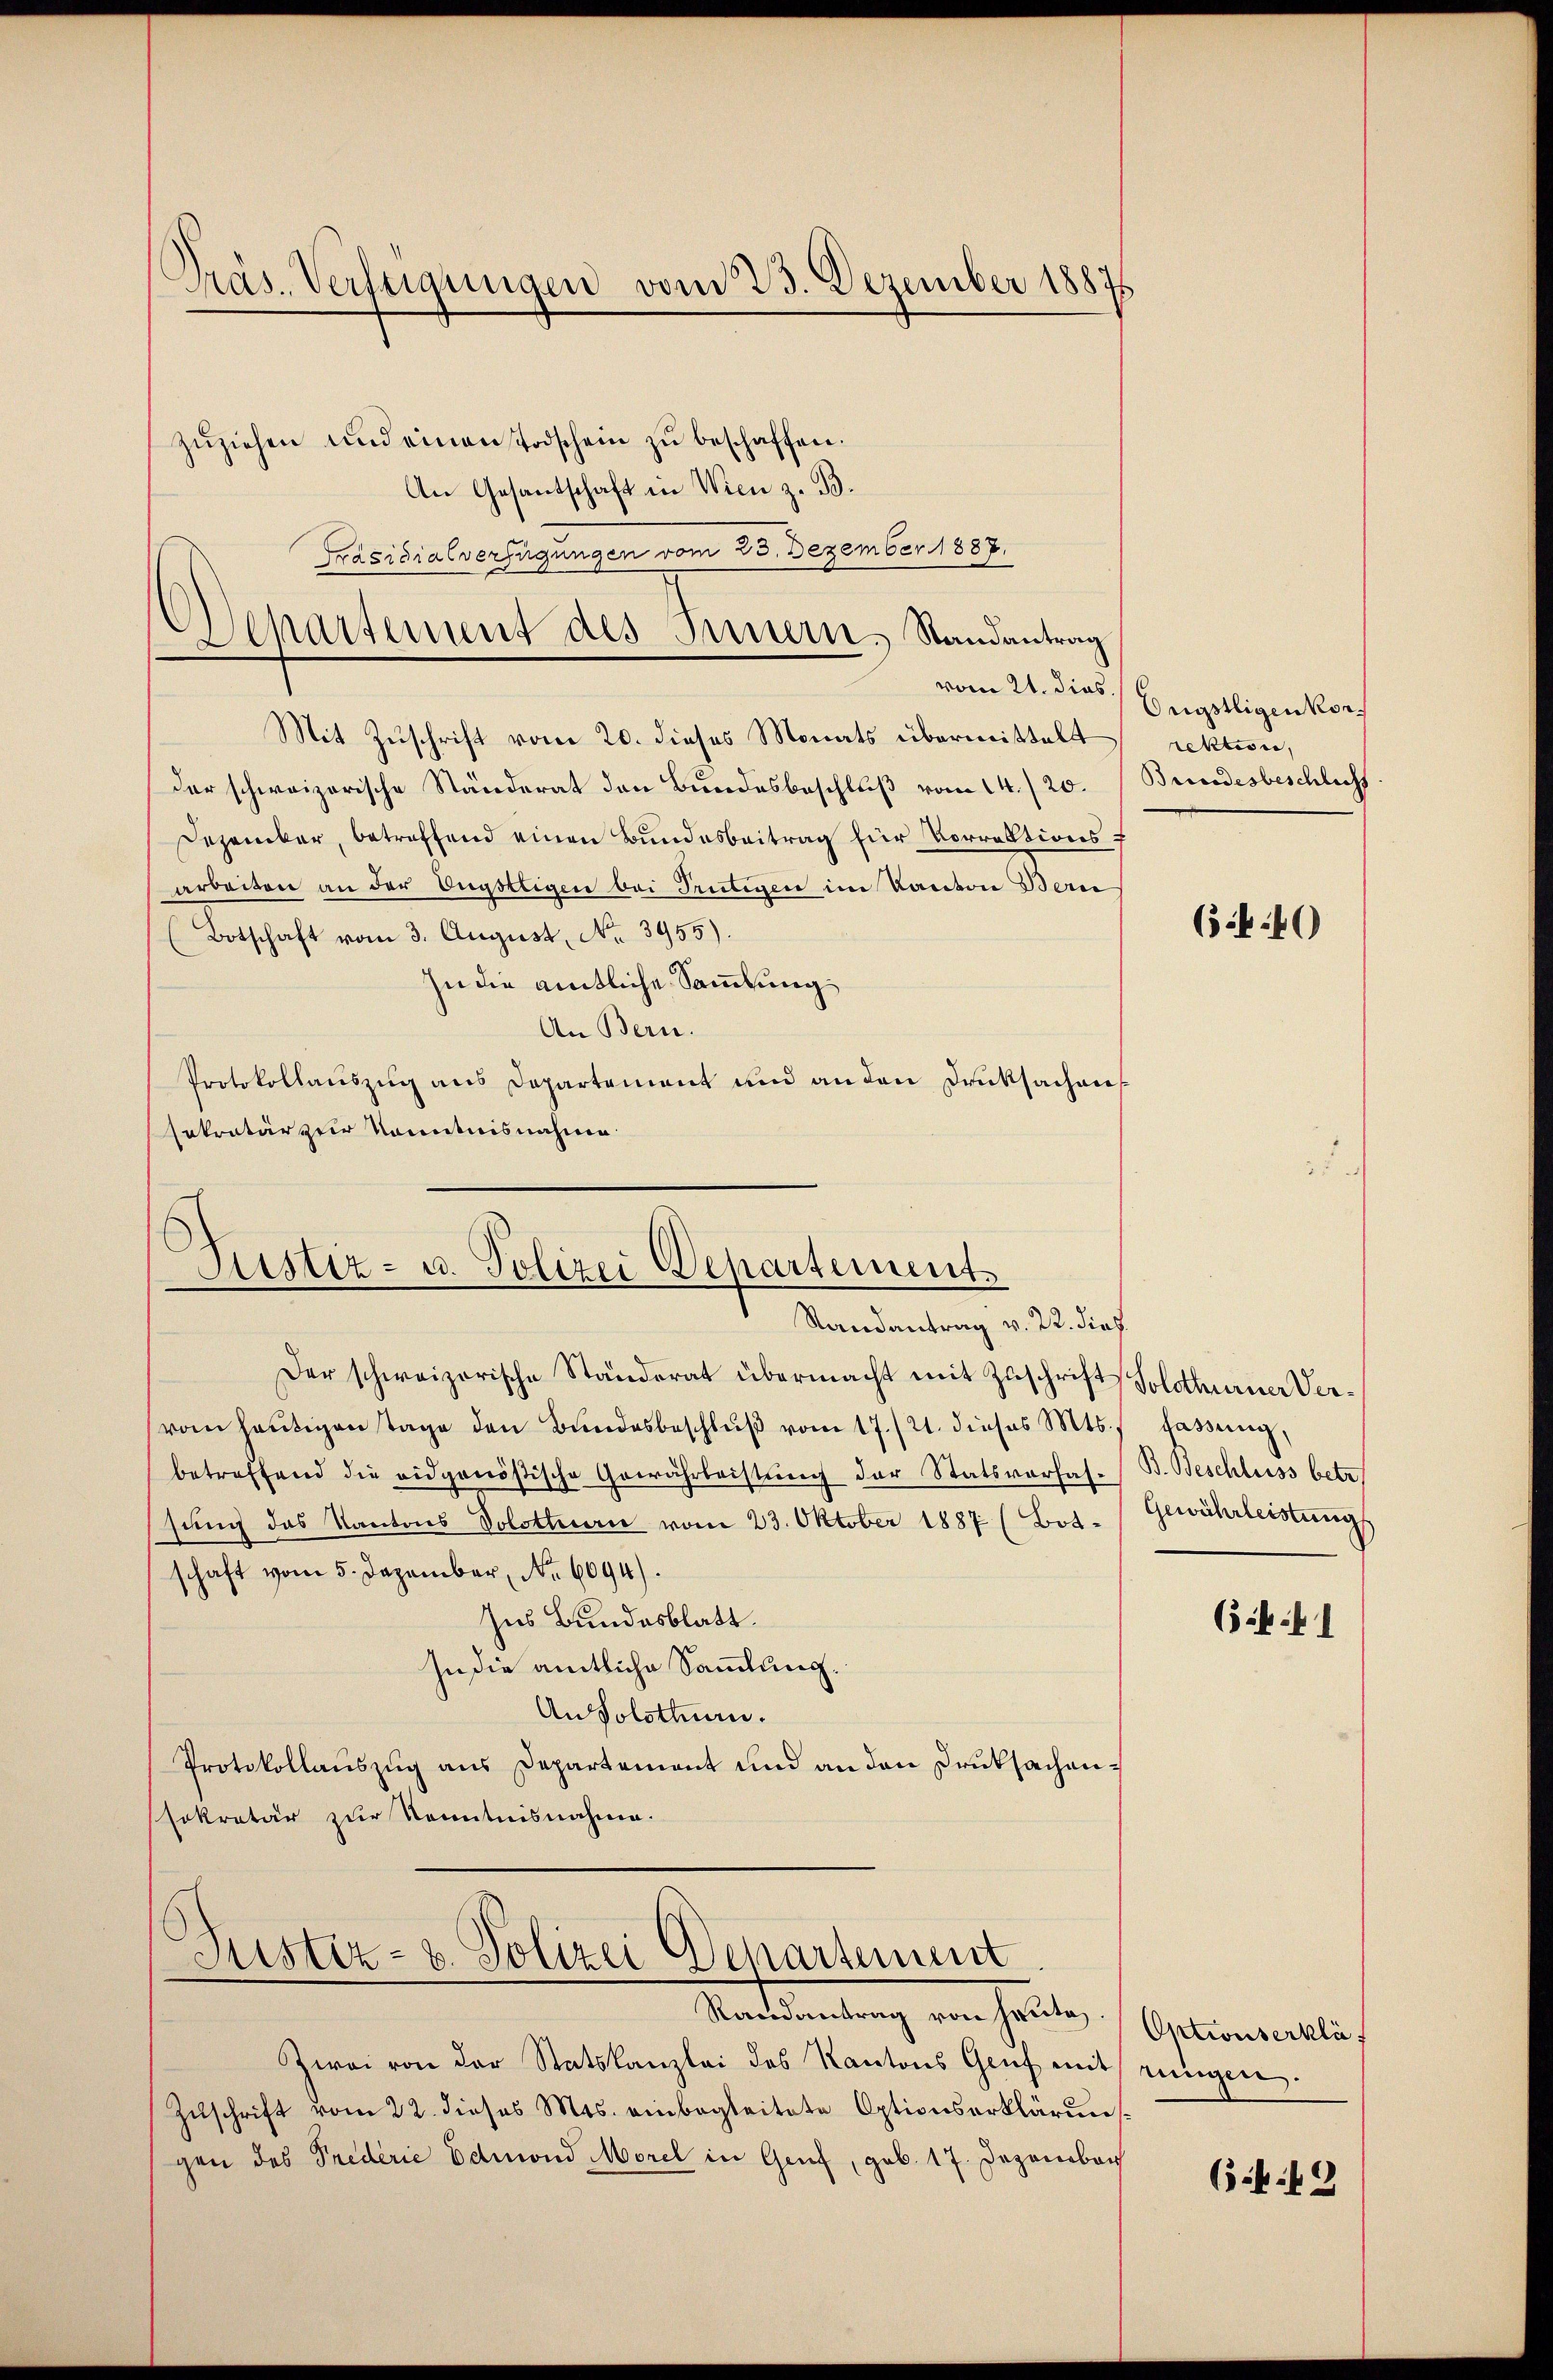
Präs. Verfeigungen vom 23. Dezember 18875

Departement des Innern, Randantrag
vom 21. dies.

zŭziehen und einen Todschein zŭ beschaffen.
An Gesantschaft in Wien z. B.
Präsidialverfügungen vom 23. Dezember 1887.

Mit Zuschrift vom 20. dieses Monats übermittelt
der schweizerische Ständerat den Bundesbeschluß vom 14./20.
Dezember, betreffend einen Bundesbeitrag für Vorrektionsf
arbeiten an der Engstrigen bei Trütigen im Kanton Bern
(Botschaft vom 3. August, No. 3955).
In die amtliche Sammlung
An Bern.
Protokollauszug aus Departement und an den Drucksachen
sekretär zur Kenntnisnahme

6
.
Sistiz- u. Polizei Departement

Randantrag v. 22. dies
Der schweizerische Standerat übermacht mit Zuschrift Solothurner Vervom heutigen Tage den Bundesbeschlŭβ vom 17./21. dieses Mts., Fassung,
betreffend die eidgenößische Gewährleistung der Statsverfassung des Kantons Solothurn vom 23. Oktober 1887 (Bot-
schaft vom 5. Dezember, No 6094)
Ins Bundesblatt.
In die amtliche Sammlung.
An Solothurn.
Protokollauszug aus Departement und an den Druksachenssekretär zur Kenntnisnahme.
Justiz- & Polizei Departement
Randantrag von heute.
Zwei von der Statskanzlei des Kantons Genf mitzungen.
Zuschrift vom 22. dieses Mts. einbegleitete Optionserklärung
gen des Prederie Edmond Morel in Genf, geb. 17. Dezember

Engstligenkorrektion,
Brindesbeschlichs

(4.40

B. Beschliess betr.
Gewährleistung

(k. 1

Optwiserklä

6.442